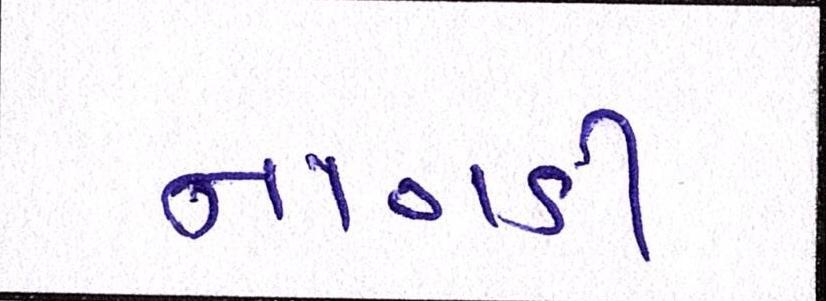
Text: નાગડી